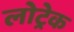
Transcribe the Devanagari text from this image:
लोट्रेक